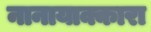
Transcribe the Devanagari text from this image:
नानायाक्कारा